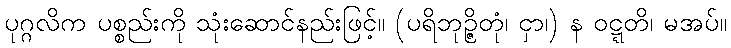
ပုဂ္ဂလိက ပစ္စည်းကို သုံးဆောင်နည်းဖြင့်။ (ပရိဘုဉ္ဇိတုံ၊ ငှာ၊) န ဝဋ္ဋတိ၊ မအပ်။